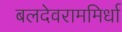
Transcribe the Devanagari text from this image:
बलदेवराममिर्धा